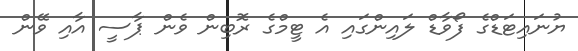
ޔުނައިޓަޑްގެ ފޯވާޑް ލައިންގައި އެ ޓީމްގެ ރޮބިން ވެން ޕާސީ އާއި ވޭން